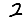
Digit: 2